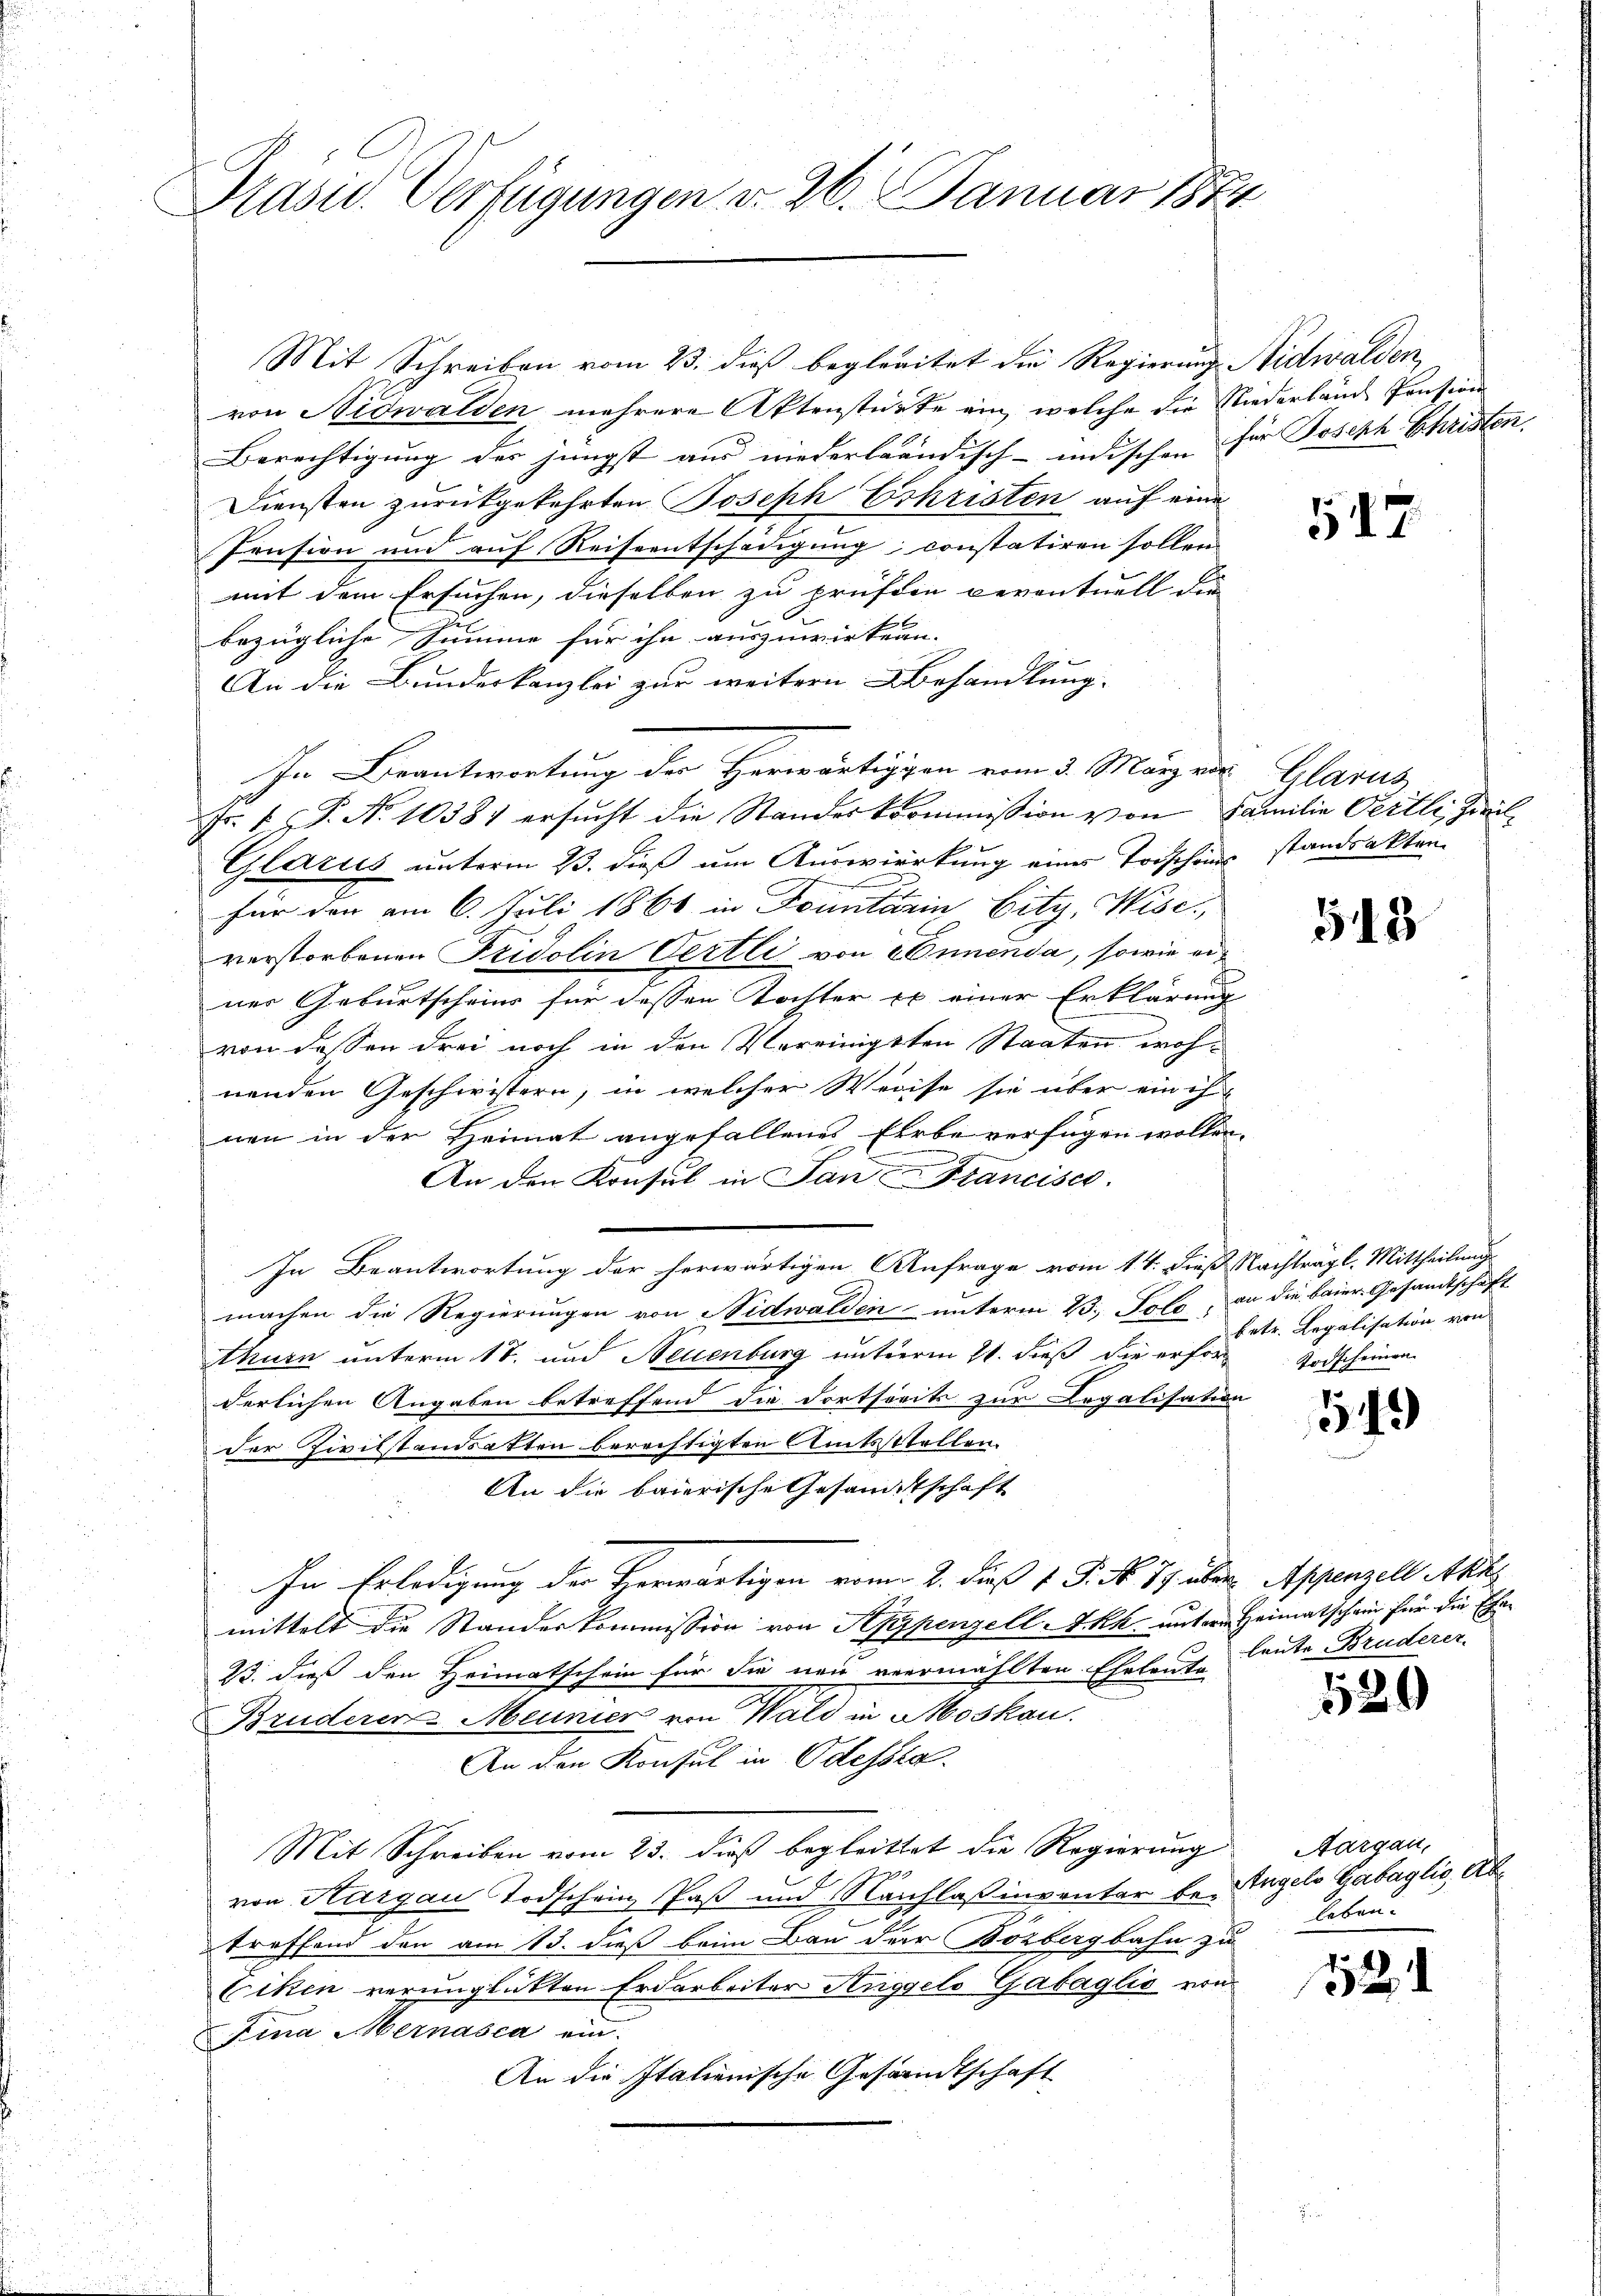
Prasid. Verfügungen d. 26. Januar 1874

Mit Schreiben vom 23. dieß begleitet die Regierung Nidwalden,
von Nidwalden mehrere Aktenstürte ein, welche die Niederland Pensions
Berechtigung der jüngst aus niederländisch-inischen für Joseph Christen.
Diensten zurückgekehrten Joseph Eshristen auf eine
Pension und auf Reiseentschädigung constatiren sollen
mit dem Ersuchen, dieselben zu prüften reventuell die
E
bezügliche Summe für ihn auszuwirkenn.
An die Bundeskanzlei zur weitern Behandlung.
In Beantwortung der Herwärtiggen vom 3. März vor. Glarus
Fr. 1 P. No 10387 ersucht die Standeskommission von Familie Oertli, Zivil¬
Glarus unterm 23. dieß um Auswirckung einer Todschens standsakten
u
für den am 6. Juli 1866 in Fontärin bity, Wisc
verstorbenen Fridolin Oertli von Ennenda, sowie einer Geburtscheins für dessen Tochter ex einer Erklärung
von dessen drei noch in den Vereinigsten Staaten wohnenden Geschwistern, in welcher Weise sie über ein ih
nen in der Heimat angefallenes Erbe verfügen wollen.
.
An den Konsul in San Francisco
In Beantwortung der herwärtigen Anfrage vom 14. dieß Nachträgl. Mittheilung
machen die Regierungen von Nidwalden unterm 23. Pole, an die baier Gesandtschaft
Athurn unterm 17. und Neuenburg unterm 21. dieß die erfor
derlichen Angaben betreffend die Fortseits zur Legalisation
der Zivilstanderkten berechtigten Amtsstellen.
An die baierische Gesandtschaft
In Erledigung der Herwärtigen vom 2. dieß v. J. No. 19. über Appenzell Achs
mittelt die Standeskommission von Appenzell Akk untere Heimatschein für die Ehe¬
23. dieß den Heimatschein für die neu vermählten Eheleute
Bruderer-Meunier von Wald in Moskau
An den Konsul in Odessta
Mit Schreiben vom 23. dieß begleittet die Regierung
von Aargau Todschein Paß und Nachlaß inventar be- Angelo Gabaglio, Abtreffend den am 13. dieß beim Bau der Bozbergbahn zu
Ciken verunglückten Erdarbeiter Anggelo Gabaglio von
Fina Hernasca ein.
An die Italienische Gesandtschaft

517

543

betr. Legalisation von
Todscheinen.

1549

leute Bruderer

529

Aargau,
leben.

12